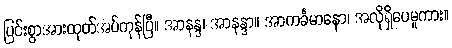
ပြင်းစွာအားထုတ်အပ်ကုန်ပြီ။ အာနန္ဒ၊ အာနန္ဒာ။ အာကင်္ခမာနော၊ အလိုရှိပေမူကား။